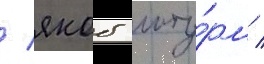
/ якоб шту́рм /